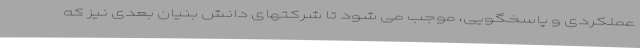
عملکردی و پاسخگویی، موجب می شود تا شرکتهای دانش بنیان بعدی نیز که